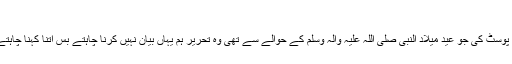
چند توجہ طلب پہلو
ہمارے ایک صحافی دوست نے بہت ہی عجیب سی تحریر پوسٹ کی جو عید میلاد النبی صلی اللہ علیہ والہ وسلم کے حوالے سے تھی وہ تحریر ہم یہاں بیان نہیں کرنا چاہتے بس اتنا کہنا چاہتے ہیں کہ انہیں ایسا لکھنے کا موقع دینے والے ہم خود ہیں ۔